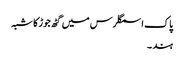
پاک اسمگلرس میں گٹھ جوڑ کا شبہ
ہند ۔